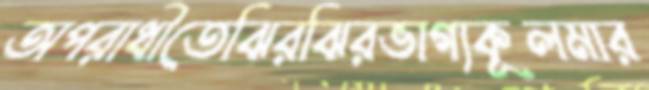
অপরাধীতেঝিরঝিরভাগ্যকূলমার